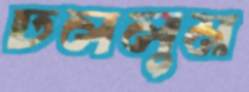
ঢললুম